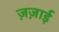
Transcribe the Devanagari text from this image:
ज़ज़ाई